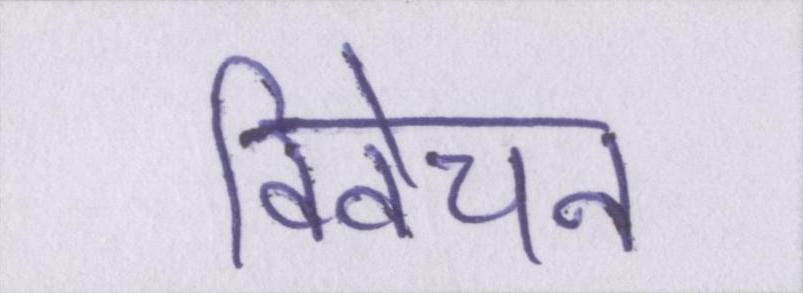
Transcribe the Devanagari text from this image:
विवेचन